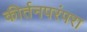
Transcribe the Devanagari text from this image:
कीर्तनपरंपरा